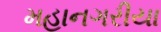
મહાનગરીયા